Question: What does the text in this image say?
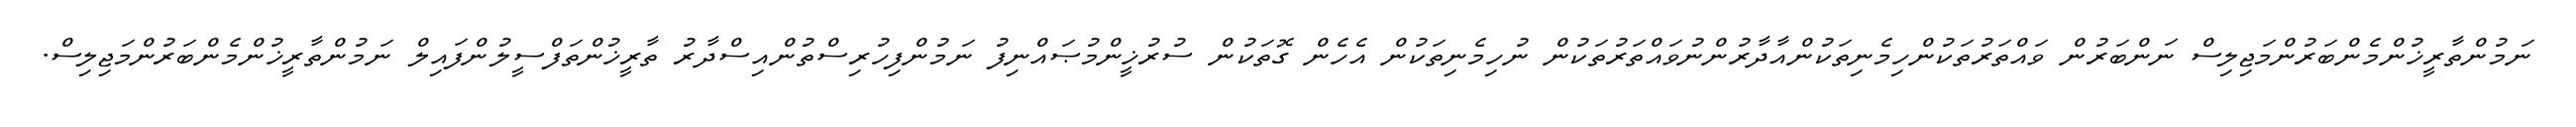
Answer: ނަމުންތާރީޚުންމެންބަރުންމަޖިލިސް ނަންބަރުން ވައްތަރުތަކުންހިމެނިތަކުންއާދާރުންނުވައްތަރުތަކުން ނުހިމެނިތަކުން އެހެން ގޮތަކުން ސުރުޚީންމުޞައްނިފު ނަމުންފިހުރިސްތުންއިސްދާރު ތާރީޚުންތަފްސީލުންފައިލް ނަމުންތާރީޚުންމެންބަރުންމަޖިލިސް.